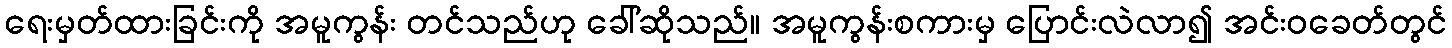
ရေးမှတ်ထားခြင်းကို အမူကွန်း တင်သည်ဟု ခေါ်ဆိုသည်။ အမူကွန်းစကားမှ ပြောင်းလဲလာ၍ အင်းဝခေတ်တွင်